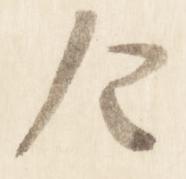
令